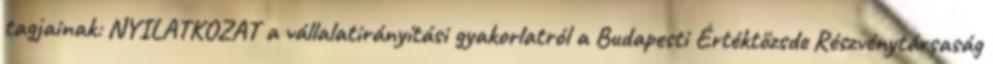
tagjainak: NYILATKOZAT a vállalatirányítási gyakorlatról a Budapesti Értéktőzsde Részvénytársaság